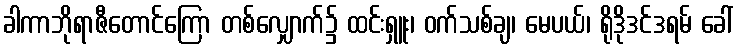
ခါကာဘိုရာဇီတောင်ကြော တစ်လျှောက်၌ ထင်းရှူး၊ ဝက်သစ်ချ၊ မေပယ်၊ ရိုဒိုဒင်ဒရမ် ခေါ်